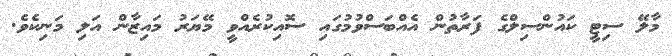
މާލޭ ސިޓީ ކައުންސިލްގެ ފަރާތުން އެއްބަސްވުމުގައި ސޮއިކުރެއްވީ މޭޔަރު މައިޒާން އަލި މަނިކެވެ.